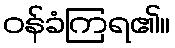
ဝန်ခံကြရ၏။